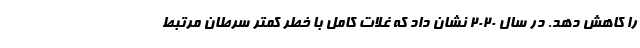
را کاهش دهد. در سال 2020 نشان داد که غلات کامل با خطر کمتر سرطان مرتبط